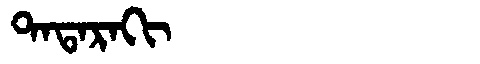
Manchu: ᡨᠠᡨᠠᡵᠠᡴᡳ
Romanization: TATARAKI